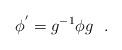
LaTeX: \begin{align*} \phi^{'} = g^{-1} \phi g \ \ .\end{align*}